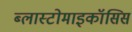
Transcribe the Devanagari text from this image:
ब्लास्टोमाइकॉसिस